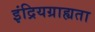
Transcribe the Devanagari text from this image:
इंद्रियग्राह्यता